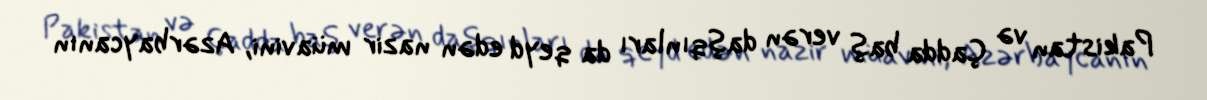
Pakistan və Çadda baş verən daşqınları da qeyd edən nazir müavini, Azərbaycanın